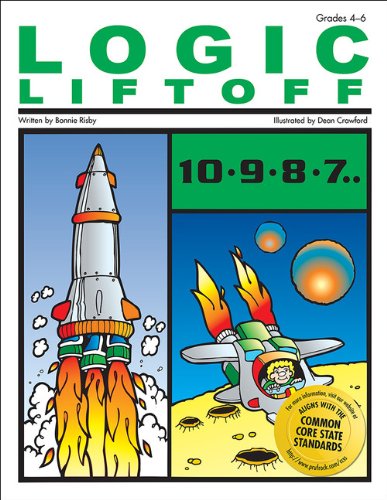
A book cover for Logic Liftoff, Grades 4-6; Bonnie Risby; Humor & Entertainment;